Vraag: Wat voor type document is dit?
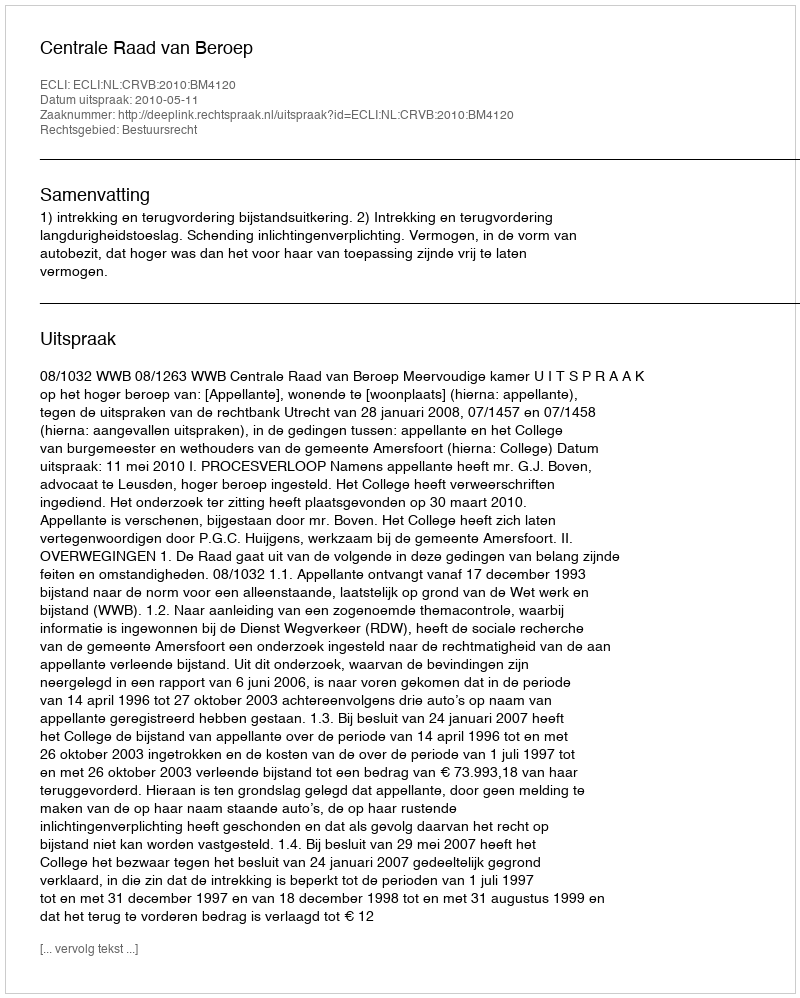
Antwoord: Uitspraak